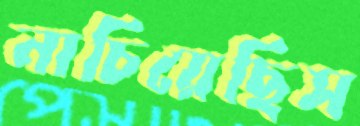
নাচিয়েছিস